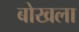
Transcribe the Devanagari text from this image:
बोखला